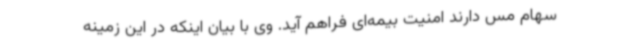
سهام مس دارند امنیت بیمه‌ای فراهم آید. وی با بیان اینکه در این زمینه